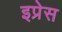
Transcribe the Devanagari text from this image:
इप्रेस